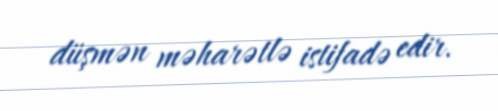
düşmən məharətlə istifadə edir.